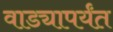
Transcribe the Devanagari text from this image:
वाड्यापर्यंत